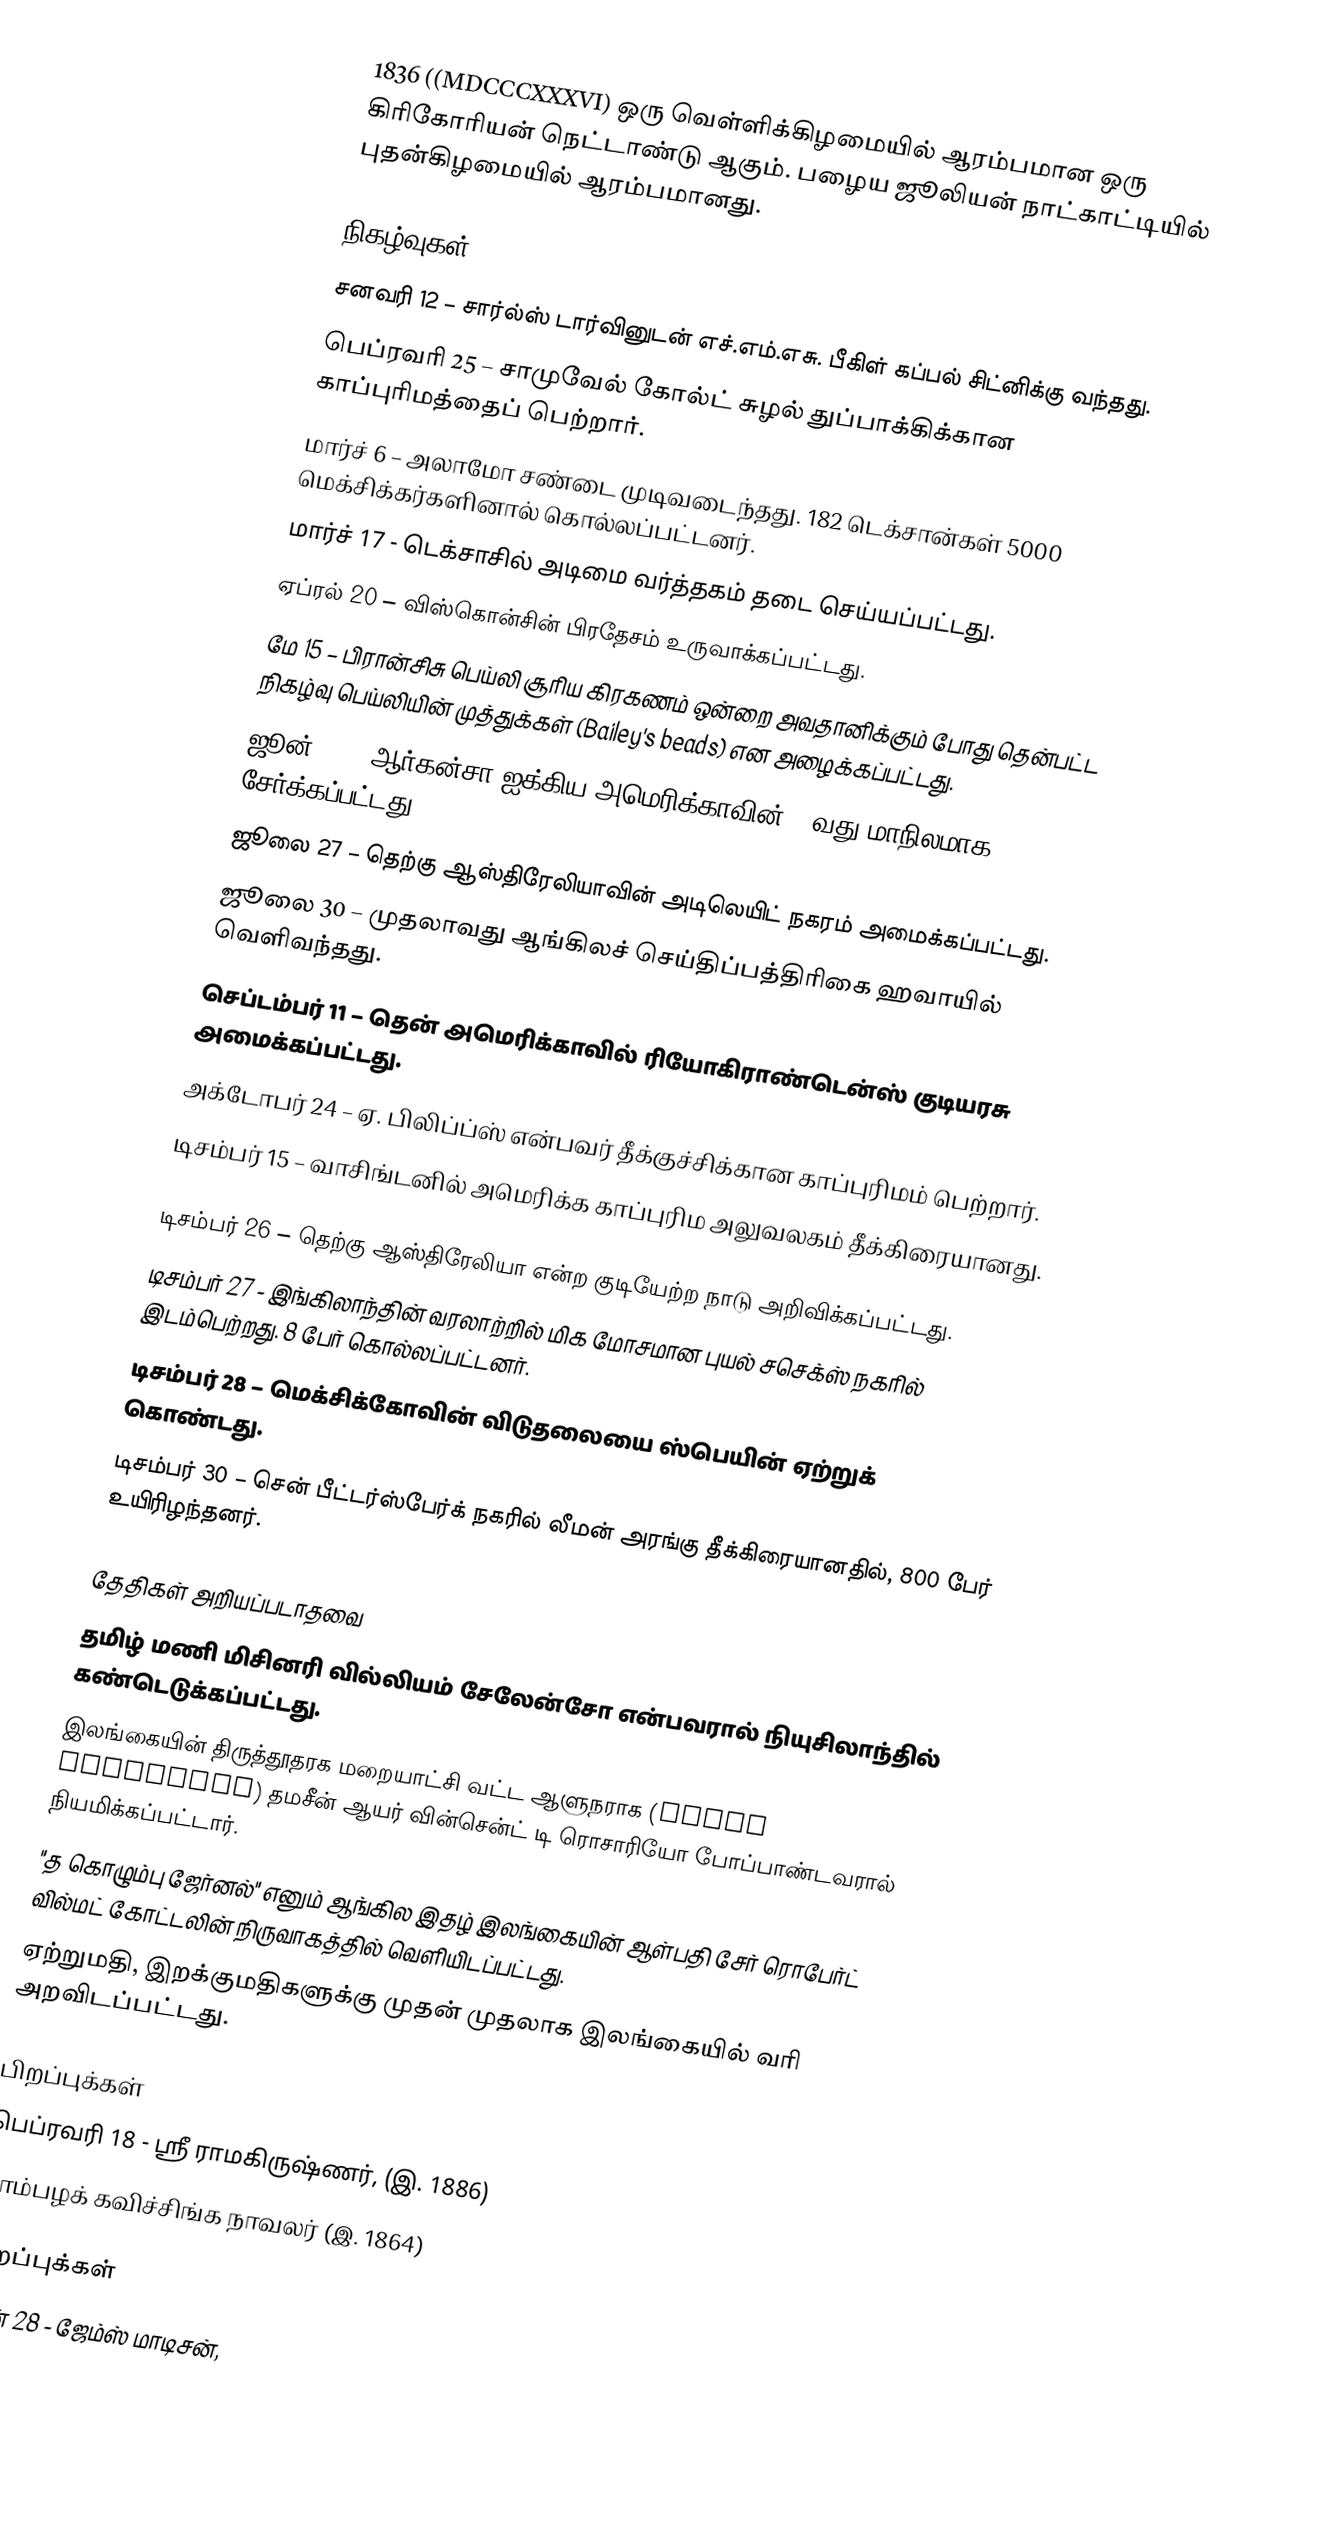
1836  ((MDCCCXXXVI) ஒரு வெள்ளிக்கிழமையில் ஆரம்பமான ஒரு கிரிகோரியன் நெட்டாண்டு ஆகும். பழைய ஜூலியன் நாட்காட்டியில் புதன்கிழமையில் ஆரம்பமானது.

நிகழ்வுகள்
 சனவரி 12 – சார்ல்ஸ் டார்வினுடன் எச்.எம்.எசு. பீகிள் கப்பல் சிட்னிக்கு வந்தது.
 பெப்ரவரி 25 – சாமுவேல் கோல்ட் சுழல் துப்பாக்கிக்கான காப்புரிமத்தைப் பெற்றார்.
 மார்ச் 6 – அலாமோ சண்டை முடிவடைந்தது. 182 டெக்சான்கள் 5000 மெக்சிக்கர்களினால் கொல்லப்பட்டனர்.
 மார்ச் 17 - டெக்சாசில் அடிமை வர்த்தகம் தடை செய்யப்பட்டது.
 ஏப்ரல் 20 – விஸ்கொன்சின் பிரதேசம் உருவாக்கப்பட்டது.
 மே 15 – பிரான்சிசு பெய்லி சூரிய கிரகணம் ஒன்றை அவதானிக்கும் போது தென்பட்ட நிகழ்வு பெய்லியின் முத்துக்கள் (Bailey's beads) என அழைக்கப்பட்டது.
 ஜூன் 15 – ஆர்கன்சா ஐக்கிய அமெரிக்காவின் 25வது மாநிலமாக சேர்க்கப்பட்டது.
 ஜூலை 27 – தெற்கு ஆஸ்திரேலியாவின் அடிலெயிட் நகரம் அமைக்கப்பட்டது.
 ஜூலை 30 – முதலாவது ஆங்கிலச் செய்திப்பத்திரிகை ஹவாயில் வெளிவந்தது.
 செப்டம்பர் 11 – தென் அமெரிக்காவில் ரியோகிராண்டென்ஸ் குடியரசு அமைக்கப்பட்டது.
 அக்டோபர் 24 – ஏ. பிலிப்ப்ஸ் என்பவர் தீக்குச்சிக்கான காப்புரிமம் பெற்றார்.
 டிசம்பர் 15 – வாசிங்டனில் அமெரிக்க காப்புரிம அலுவலகம் தீக்கிரையானது.

 டிசம்பர் 26 – தெற்கு ஆஸ்திரேலியா என்ற குடியேற்ற நாடு அறிவிக்கப்பட்டது.
 டிசம்பர் 27 - இங்கிலாந்தின் வரலாற்றில் மிக மோசமான புயல் சசெக்ஸ் நகரில் இடம்பெற்றது. 8 பேர் கொல்லப்பட்டனர்.
 டிசம்பர் 28 – மெக்சிக்கோவின் விடுதலையை ஸ்பெயின் ஏற்றுக் கொண்டது.
 டிசம்பர் 30 – சென் பீட்டர்ஸ்பேர்க் நகரில் லீமன் அரங்கு தீக்கிரையானதில், 800 பேர் உயிரிழந்தனர்.

தேதிகள் அறியப்படாதவை
 தமிழ் மணி மிசினரி வில்லியம் சேலேன்சோ என்பவரால் நியுசிலாந்தில் கண்டெடுக்கப்பட்டது.
 இலங்கையின் திருத்தூதரக மறையாட்சி வட்ட ஆளுநராக (Vicar apostolic) தமசீன் ஆயர் வின்சென்ட் டி ரொசாரியோ போப்பாண்டவரால் நியமிக்கப்பட்டார்.
 "த கொழும்பு ஜேர்னல்" எனும் ஆங்கில இதழ் இலங்கையின் ஆள்பதி சேர் ரொபேர்ட் வில்மட் கோட்டலின் நிருவாகத்தில் வெளியிடப்பட்டது.
 ஏற்றுமதி, இறக்குமதிகளுக்கு முதன் முதலாக இலங்கையில் வரி அறவிடப்பட்டது.

பிறப்புக்கள்
 பெப்ரவரி 18 - ஸ்ரீ ராமகிருஷ்ணர், (இ. 1886)
 மாம்பழக் கவிச்சிங்க நாவலர் (இ. 1864)

இறப்புக்கள்
 ஜூன் 28 - ஜேம்ஸ் மாடிசன்,